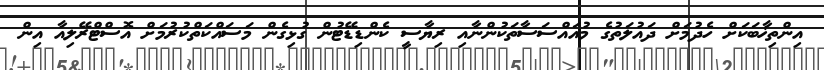
އިންތިޚާބަކަށް ހެދުމަށް ދައުލަތުގެ މުއައްސަސާތަކުންނާއި ރިޔާސީ ކެންޑިޑޭޓުން ގުޅިގެން މަސައްކަތްކުރުމަށް އޮސްޓްރޭލިއާ އިން